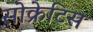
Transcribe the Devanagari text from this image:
सोक्रेटिस